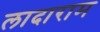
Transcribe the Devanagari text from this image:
लादाराम